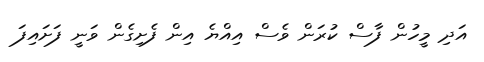
އަދި މީހުން ފާސް ކުރަން ވެސް އިއްޔެ އިން ފެށިގެން ވަނީ ފަށައިފަ